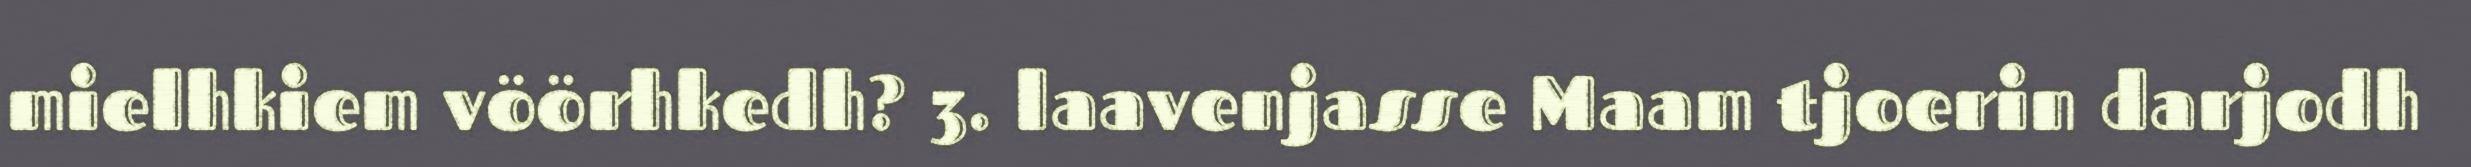
mielhkiem vöörhkedh? 3. laavenjasse Maam tjoerin darjodh